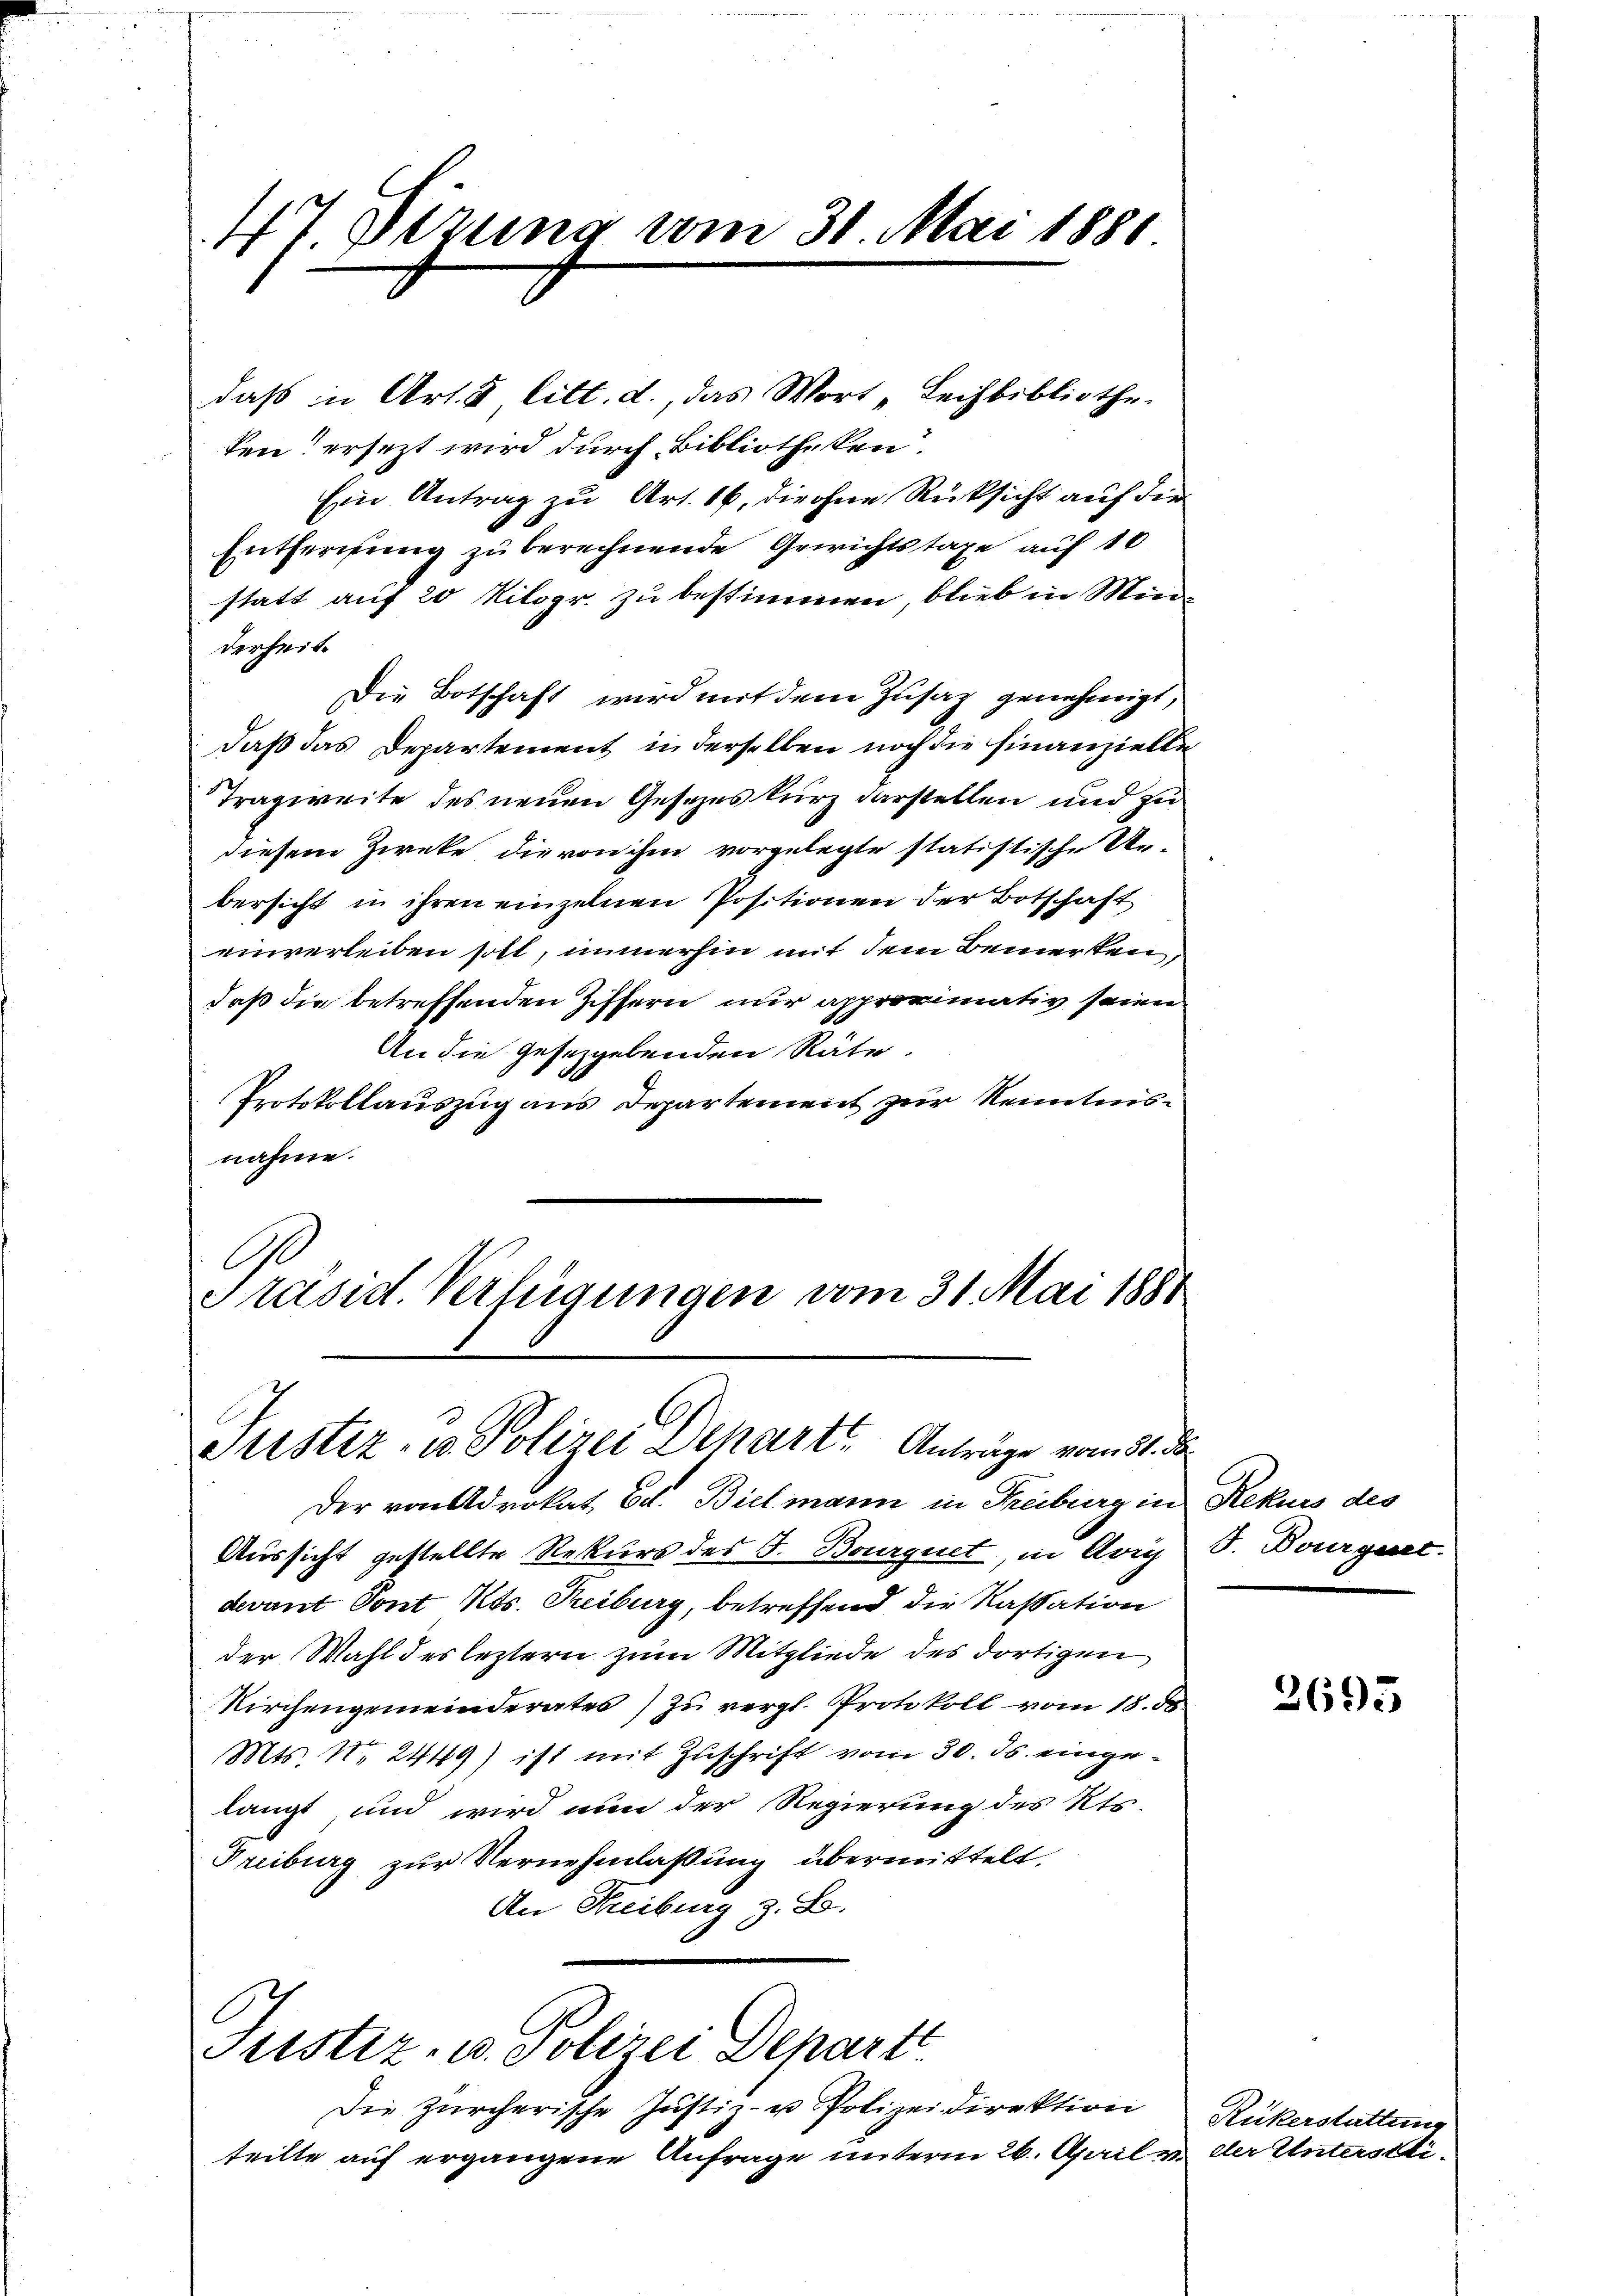
47. Dezung vom 31. Mai 1881

daß in Art. 5 litt. d., das Wort „Leihbibliothe
ten? ersezt wird durch Bibliotheken.
Ein Antrag zu Art. 16. die ohne Rücksicht auf die
Entfernung zu berechnende Gewichtstaxe auf 10
statt auf 20 Kilogr. zu bestimmen, blieb in Men-
derheit.
Die Botschaft wird mit dem Zusatz genehmigt,
daß das Departement in derselben noch die Finanzielle
Tragweite des neuen Gesezes kurz darstellen und zu
diesem Zieke die von ihm vorgelegte statistische Unbersicht in ihren einzelnen Positionen der Botschaft
einverleiben soll, immerhin mit dem Bemerken,
daß die betreffenden Ziffern nur approvimativ seien
An die gesezgelenden Räte,
Protokollauszug aus Departement zur Kenntnisnahme.

A
Präsid. Verfügungen vom 31. Mai 1881
Justiz- u. Polizei Drharte Anträge vom 21. d

Der von Advokat Ed. Bielmann in Freiburg in Rekurs des
Aussicht gestellte Rekurs des S. Bourquet, in Arrg S. Bourgert.
devant Sont Kts. Treiburg, betreffend die Kassation
der Wahl des leztern zum Mitgliede des dortigen
Kirchengemeinderates) zu vergl. Protokoll vom 18. d
Mts. No 2449) ist mit Zuschrift vom 30. ds. eingelangt, und wird nun der Regierung des Kts.
Freiburg zur Vernehmlassung übermittelt.
An Freiburg z. B.

Justiz- u. Polizei Depart

Die Zürcherische Justiz- u Polizeidirektion
teilte auf ergangene Anfrage unterm 26. April

3695

Ruckerstattun
u der Unterstli-